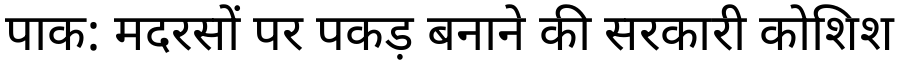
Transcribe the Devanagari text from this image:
पाक: मदरसों पर पकड़ बनाने की सरकारी कोशिश